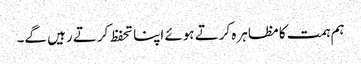
ہم ہمت کا مظاہرہ کرتے ہوئے اپنا تحفظ کرتے رہیں گے۔